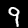
Label: 9